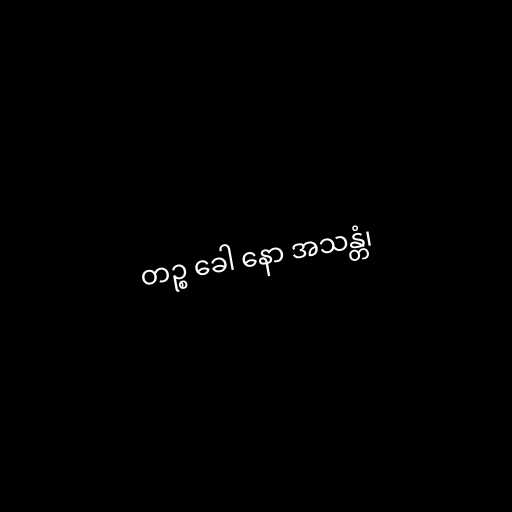
တဉ္စ ခေါ နော အသန္တံ၊